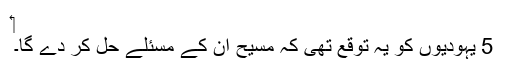
‏
5 یہودیوں کو یہ توقع تھی کہ مسیح اُن کے مسئلے حل کر دے گا۔